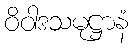
ဝိဝါဒသမုဋ္ဌာနံ